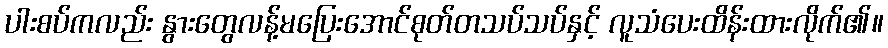
ပါးစပ်ကလည်း နွားတွေလန့်မပြေးအောင်စုတ်တသပ်သပ်နှင့် လူသံပေးထိန်းထားလိုက်၏။